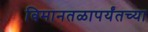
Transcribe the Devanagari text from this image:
विमानतळापर्यंतच्या